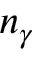
n _ { \gamma }